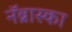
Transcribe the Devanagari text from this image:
नॅब्रास्का